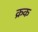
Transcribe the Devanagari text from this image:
क्रक